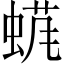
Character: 𱿬